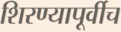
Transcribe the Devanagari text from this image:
शिरण्यापूर्वीच